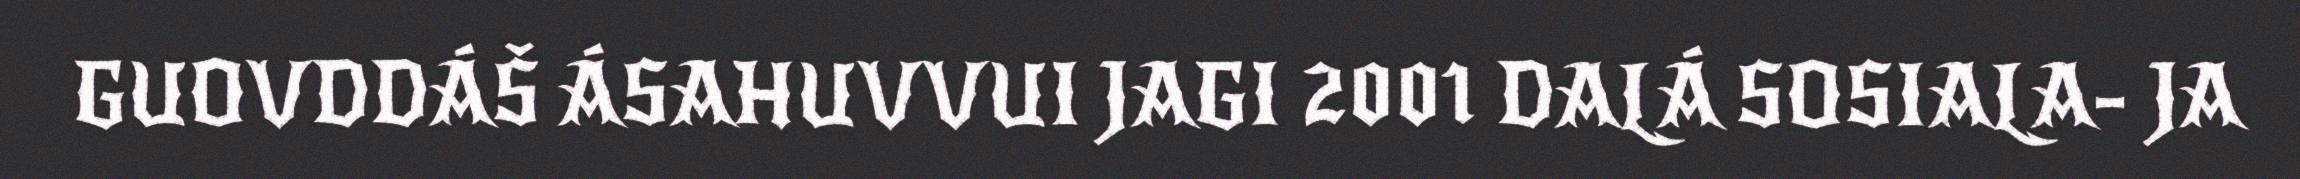
GUOVDDÁŠ ÁSAHUVVUI JAGI 2001 DALÁ SOSIALA- JA